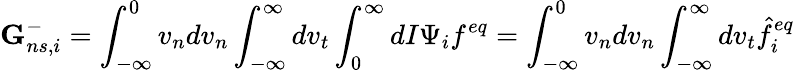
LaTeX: \textbf{G}_{ns,i}^{-}=\int_{-\infty}^{0}v_{n}dv_{n}\int_{-\infty}^{\infty}dv_{t}\int_{0}^{\infty}dI\Psi_{i}f^{eq}=\int_{-\infty}^{0}v_{n}dv_{n}\int_{-\infty}^{\infty}dv_{t}\hat{f}_{i}^{eq}